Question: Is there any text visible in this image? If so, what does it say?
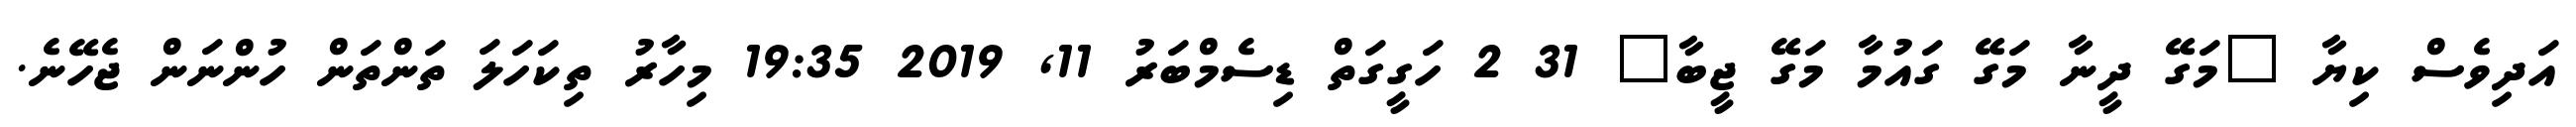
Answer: އަދިވެސް ކިޔާ "މަގޭ ދީނާ މަގޭ ގައުމާ މަގޭ ޖީބާ" 31 2 ހަގީގަތް ޑިސެމްބަރު 11, 2019 19:35 މިހާރު ތިކަހަލަ ތަންތަން ހުންނަން ޖެހޭނެ.